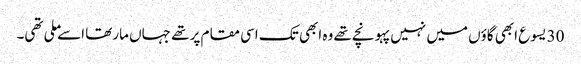
30 یسوع ابھی گاؤں میں نہیں پہونچے تھے وہ ابھی تک اسی مقام پر تھے جہاں مارتھا اسے ملی تھی۔